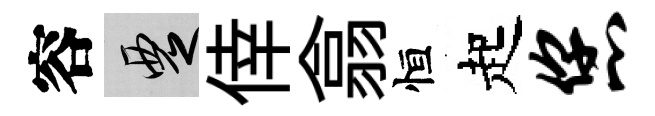
容覂倖翕恒起您